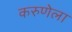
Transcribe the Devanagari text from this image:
करुणेला